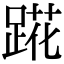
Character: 𬦷